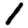
Digit: 1